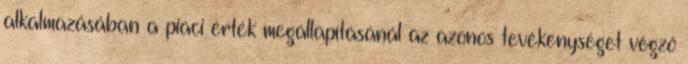
alkalmazásában a piaci érték megállapításánál az azonos tevékenységet végző